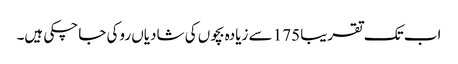
اب تک تقریبا 175 سے زیادہ بچوں کی شادیاں روکی جا چکی ہیں۔